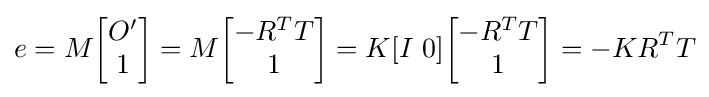
e=M{\begin{bmatrix}O'\\1\end{bmatrix}}=M{\begin{bmatrix}-R^{T}T\\1\end{bmatrix}}=K[I~0]{\begin{bmatrix}-R^{T}T\\1\end{bmatrix}}=-KR^{T}T